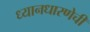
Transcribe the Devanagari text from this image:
ध्यानधारणेची